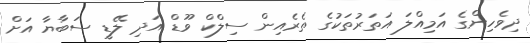
ދިވެހިންގެ އަމިއްލަ އަތަރުތަކުގެ ތެރެއިން ސިލްކް ވޫޑް އަދި ލޭޑީ ސަބާޔާ އަށް